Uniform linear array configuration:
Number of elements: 8
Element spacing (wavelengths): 0.5
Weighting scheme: exponential
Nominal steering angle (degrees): -45
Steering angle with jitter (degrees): -46.612
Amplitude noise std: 0.05
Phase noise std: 0.05

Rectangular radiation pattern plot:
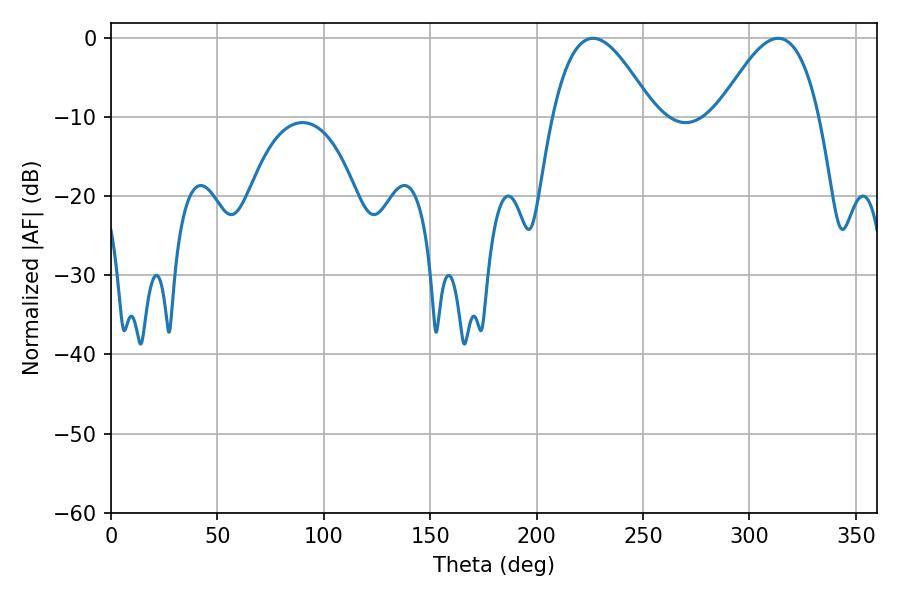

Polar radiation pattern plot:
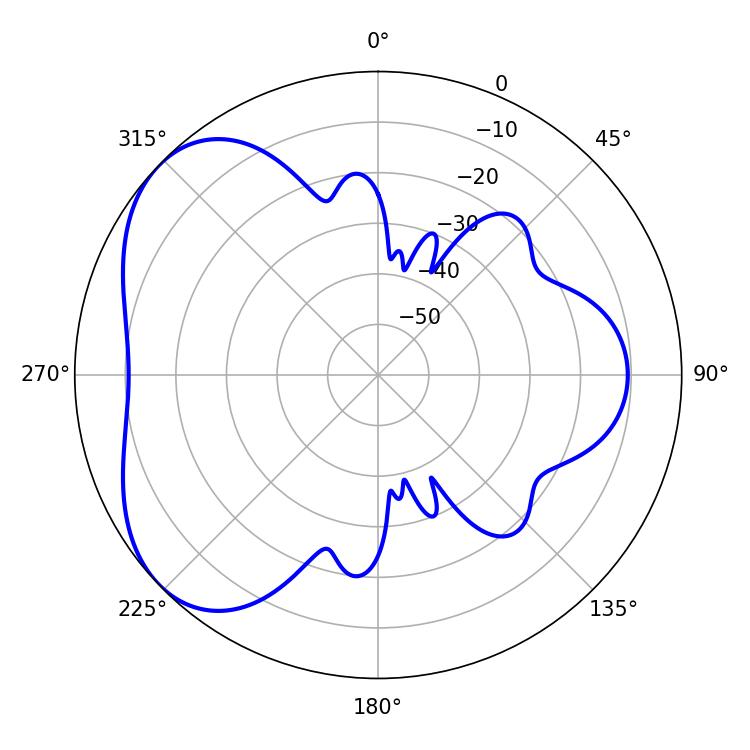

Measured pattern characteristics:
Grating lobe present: FALSE
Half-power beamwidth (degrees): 25.74
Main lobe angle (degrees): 226.44